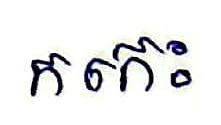
កកេះ